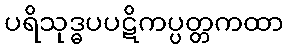
ပရိသုဒ္ဓပပဋိကပ္ပတ္တကထာ